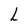
Character: L